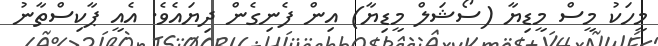
މީހަކު މީސް މީޑިޔާ (ސޯޝަލް މީޑިޔާ) އިން ފެނިގެން ދިޔައެވެ. އެއީ ޕާކިސްތާނު